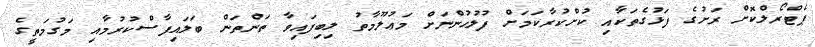
ޕެޓްރޯލްކޮށް ރަށުގެ ފަޅުގެތަކާއި ކުށްކުރާކަމަށް ފުލުހުންނަށް މަޢުލޫމާތު ލިބިފައިވާ ތަންތަން ބަލައިފާސްކުރުމާއި މަގުމަތީގެ